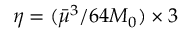
\eta = ( { \bar { \mu } ^ { 3 } } / { 6 4 M _ { 0 } } ) \times 3